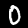
Label: 0